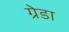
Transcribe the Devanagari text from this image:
ग्रेडा